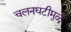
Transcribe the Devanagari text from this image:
चलनघटीमुळे